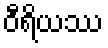
ဝီရိယဿ